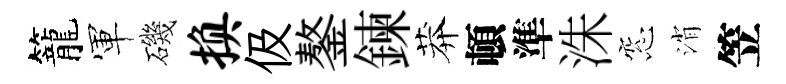
籠軍磯换伋鏊鍊莽頓準洙窓消笠